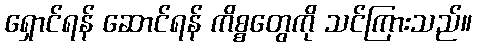
ရှောင်ရန် ဆောင်ရန် ကိစ္စတွေကို သင်ကြားသည်။